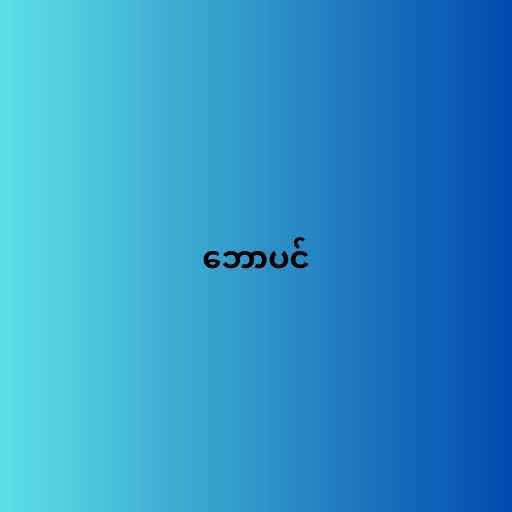
ဘောပင်